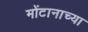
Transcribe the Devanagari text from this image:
मोंटानाच्या